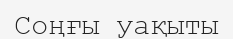
Соңғы уақыты